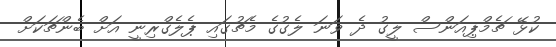
ކުޅޭ ޗެމްޕިއަންސް ލީގު ދެ ވަނަ ލެގުގެ މެޗުގައި ޕެލެގްރިނީ އަށް ބެންޗަކަށް